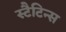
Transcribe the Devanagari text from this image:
स्टैटिन्स